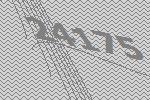
24175